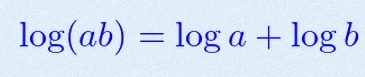
\log(ab)=\log a+\log b